Document type: Dowry acquittance
Year: 1427
Scribe: Pere Tarafa
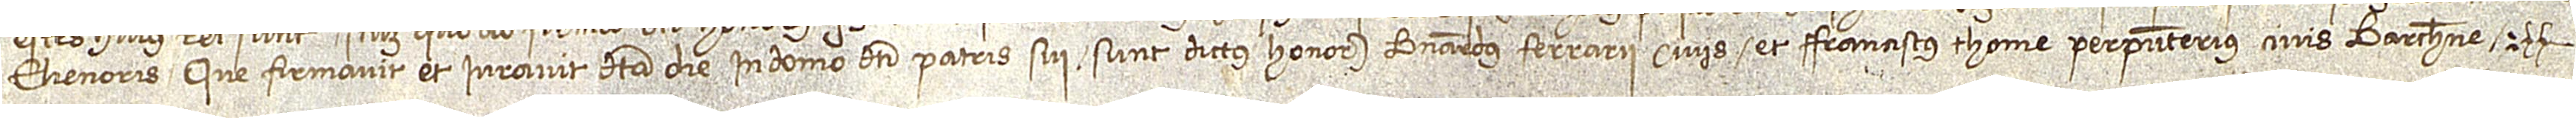
Elienoris, que firmavit et iuravit dicta die in domo dicti patris suis, sunt: dictus honorabilis Bernardus Ferrarii, civis, et Franciscus Thome, perpunterius, civis Barchinone.